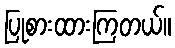
ပြုစားထားကြတယ်။